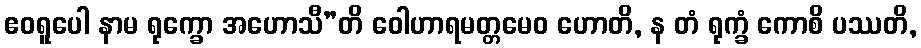
ဧဝရူပေါ နာမ ရုက္ခော အဟောသီ”တိ ဝေါဟာရမတ္တမေဝ ဟောတိ, န တံ ရုက္ခံ ကောစိ ပဿတိ,